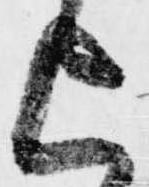
上